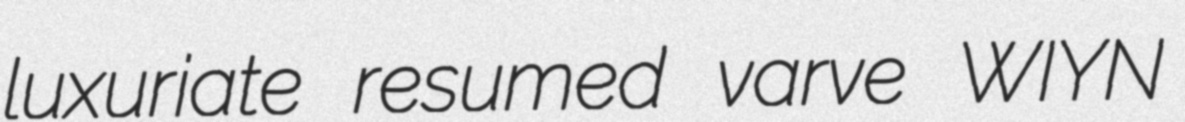
luxuriate resumed varve WIYN